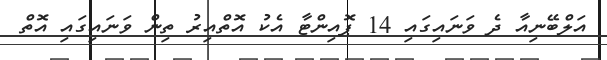
އަލްބޭނިއާ ދެ ވަނައިގައި 14 ޕޮއިންޓާ އެކު އޮތްއިރު ތިން ވަނައިގައި އޮތް